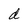
Character: d